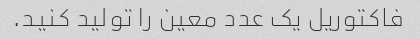
فاکتوریل یک عدد معین را تولید کنید.